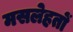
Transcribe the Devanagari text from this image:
मसलेहतों